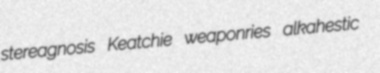
stereagnosis Keatchie weaponries alkahestic